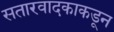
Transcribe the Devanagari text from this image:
सतारवादकाकडून